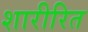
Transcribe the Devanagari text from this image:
शारीरित